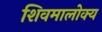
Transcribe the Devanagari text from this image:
शिवमालोक्य